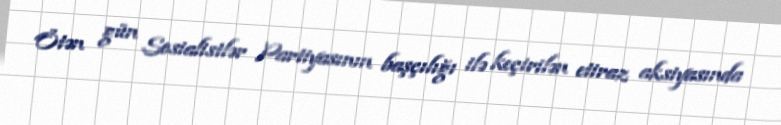
Ötən gün Sosialistlər Partiyasının başçılığı ilə keçirilən etiraz aksiyasında